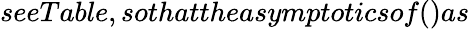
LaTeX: seeTable,sothattheasymptoticsof()as